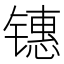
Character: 𰾶